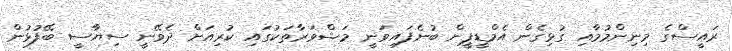
ރައީސްގެ މިނިންމުމާއި ގުޅިގެން އެމްޑީޕީން ބުނެފައިވަނީ މަޝްވަރާތަކުގައި ކުރިއަށް ދެވޭނީ ސިޔާސީ ބޭފުޅުން